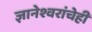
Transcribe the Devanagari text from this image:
ज्ञानेश्वरांचेही